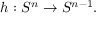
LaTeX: h : S ^ { n } \to S ^ { n - 1 } .